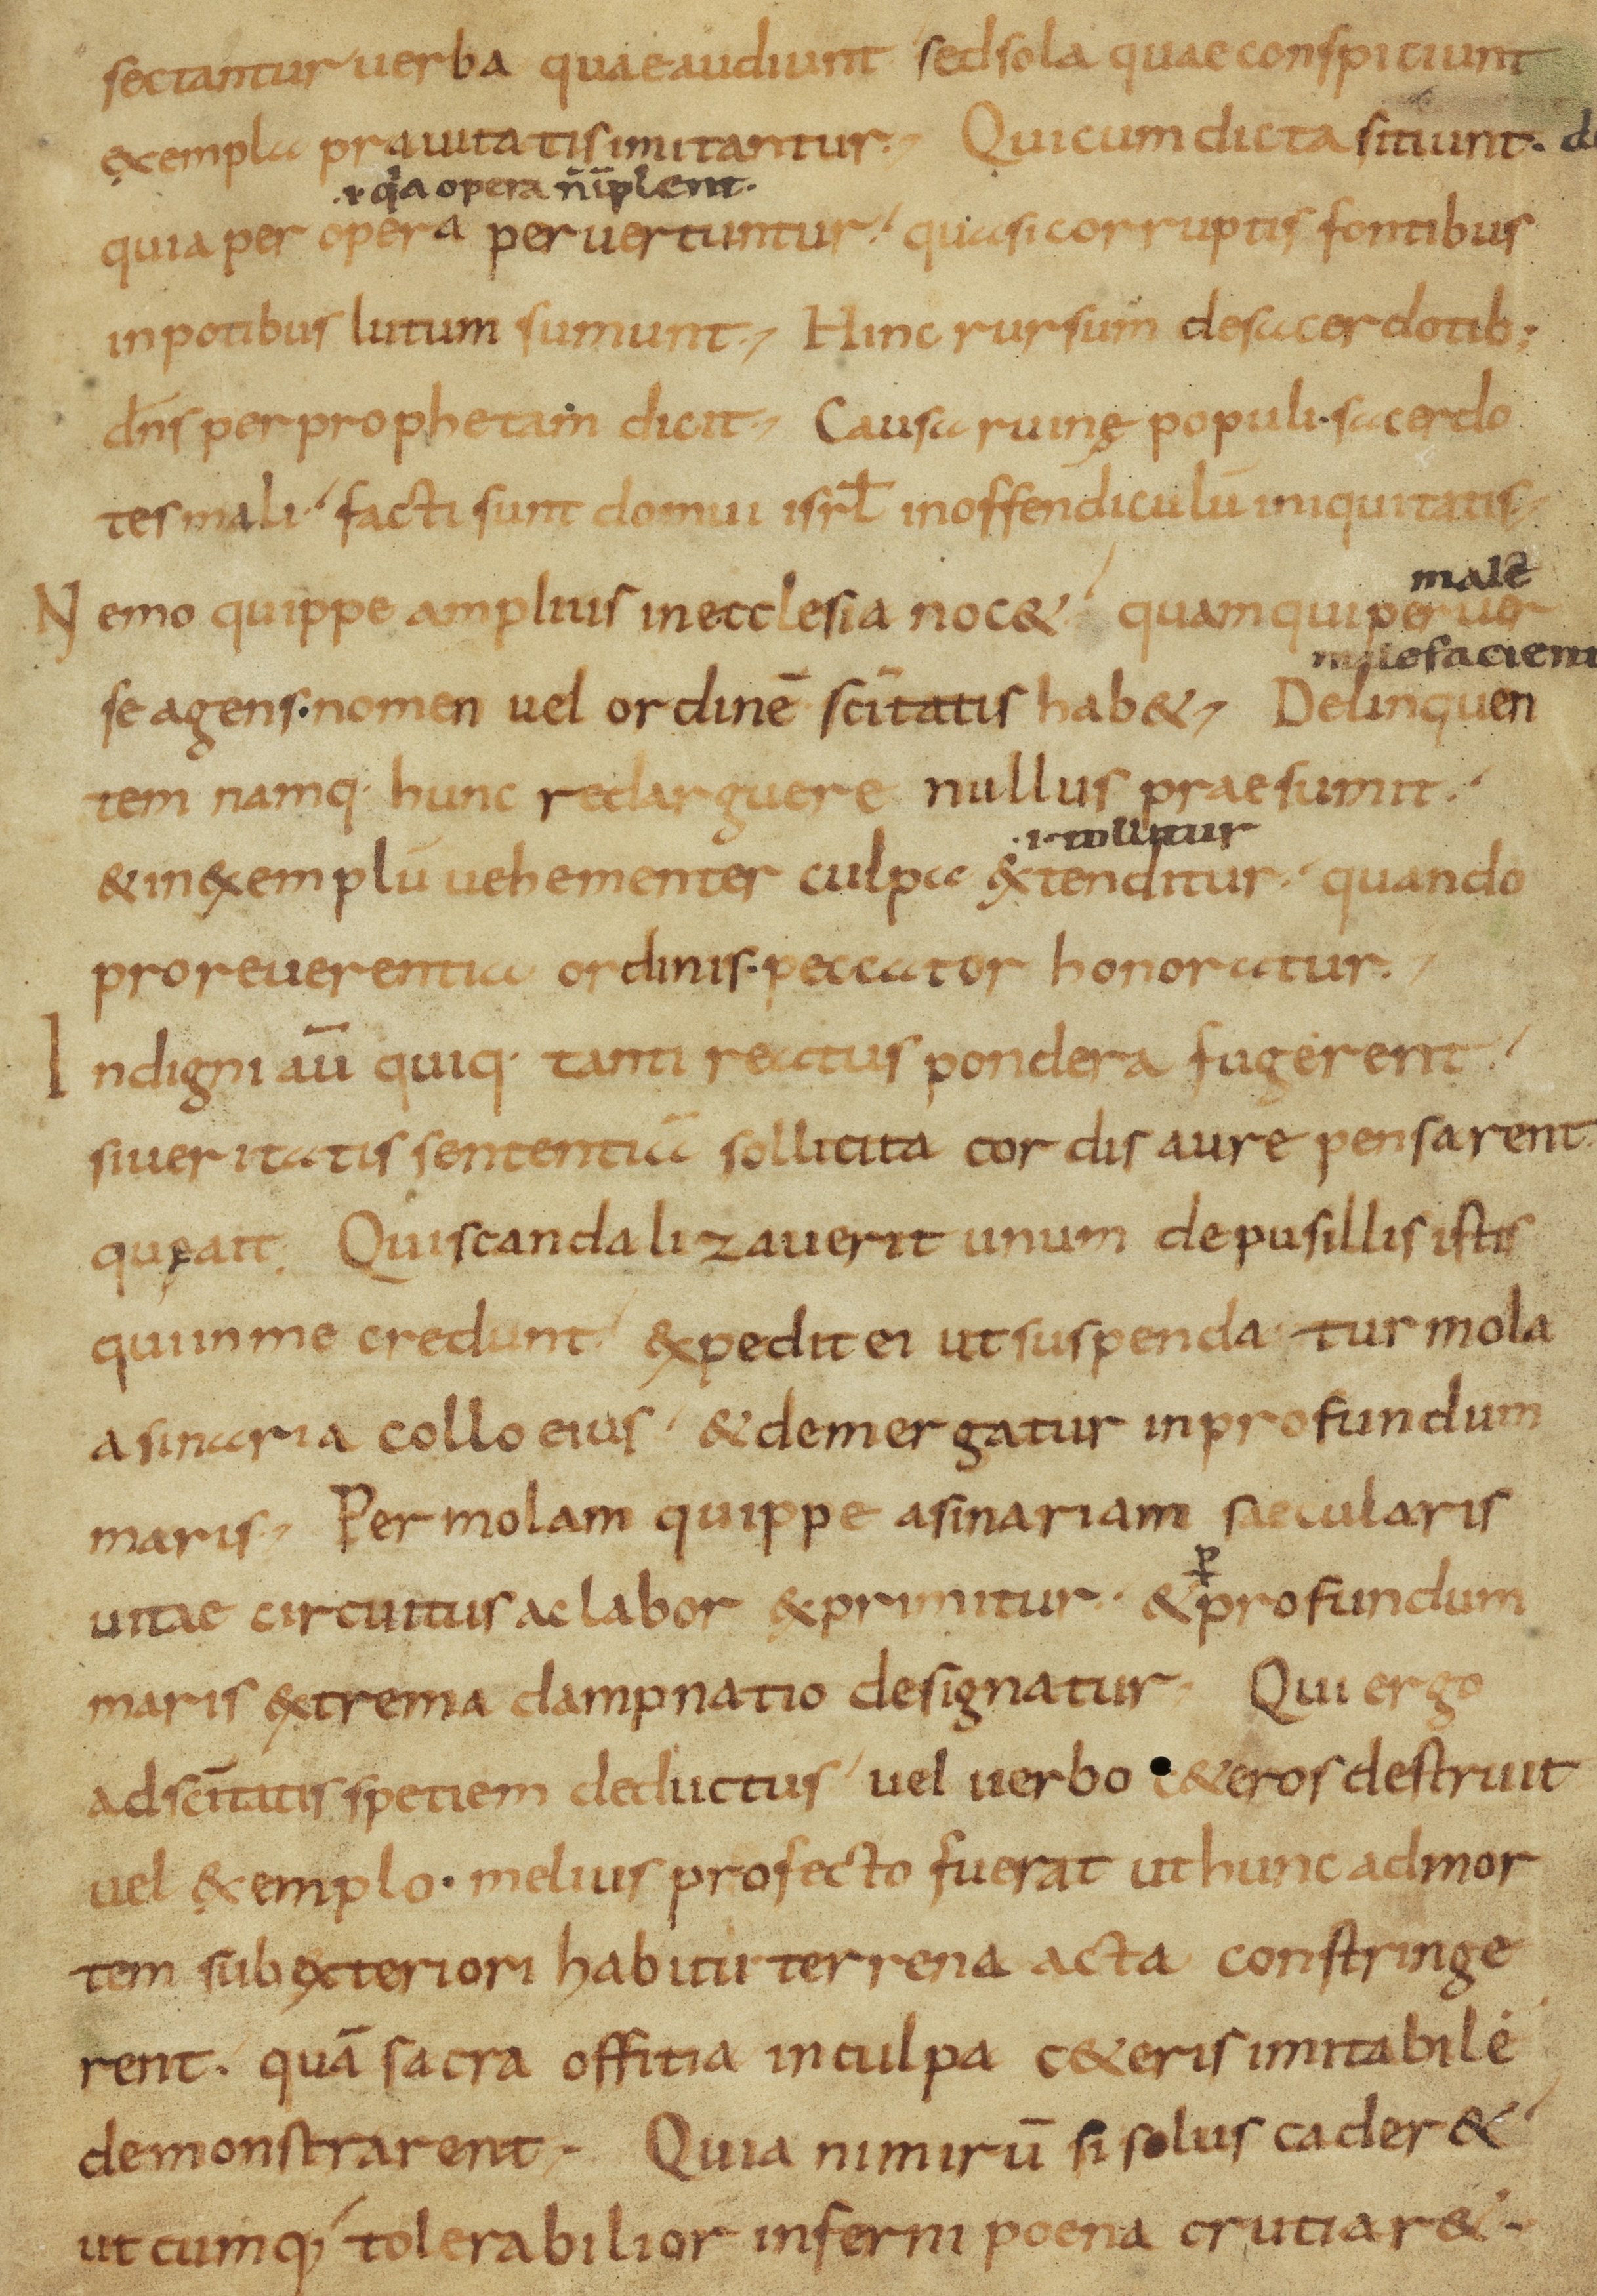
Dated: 800–899